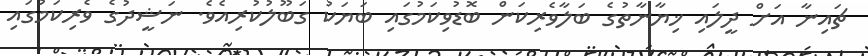
ޗައިނާ އަށް ދީލައި ޚިޔާނާތުގެ ބަލާވެރިކަން ބޮޑުވިކަމުގައި ބަޔަކު ގަބޫލުކުރިއެވެ. ނަޝީދުގެ ވެރިކަމުގައި